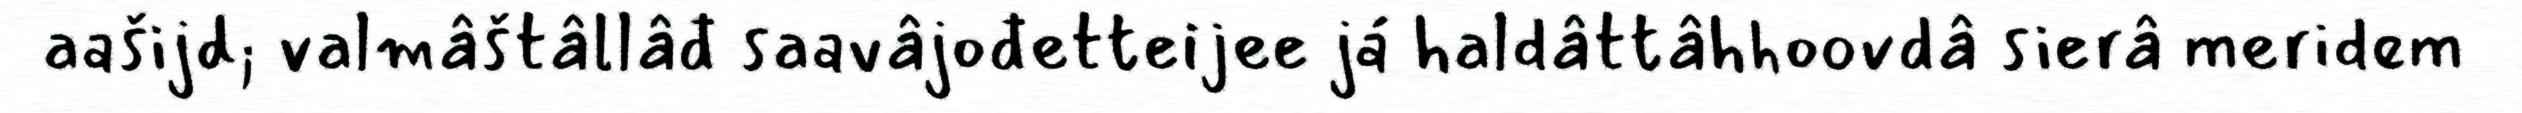
aašijd; valmâštâllâđ saavâjođetteijee já haldâttâhhoovdâ sierâ meridem